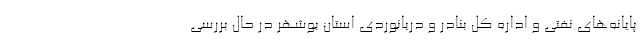
پایانه‌های نفتی و اداره کل بنادر و دریانوردی استان بوشهر در حال بررسی